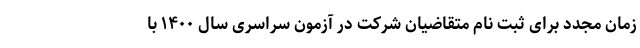
زمان مجدد برای ثبت نام متقاضیان شرکت در آزمون‌ سراسری‌ سال‌ ۱۴۰۰ با